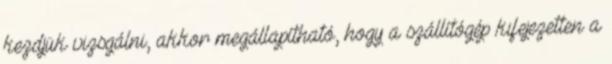
kezdjük vizsgálni, akkor megállapítható, hogy a szállítógép kifejezetten a